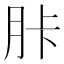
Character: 胩